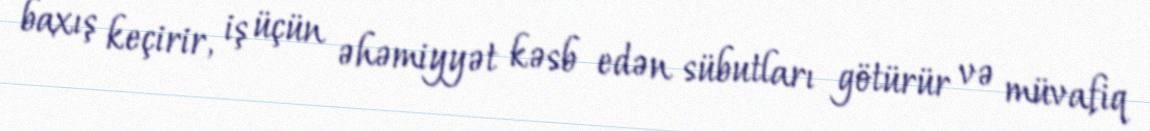
baxış keçirir, iş üçün əhəmiyyət kəsb edən sübutları götürür və müvafiq